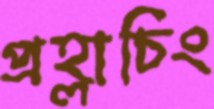
প্রহ্লাচিং